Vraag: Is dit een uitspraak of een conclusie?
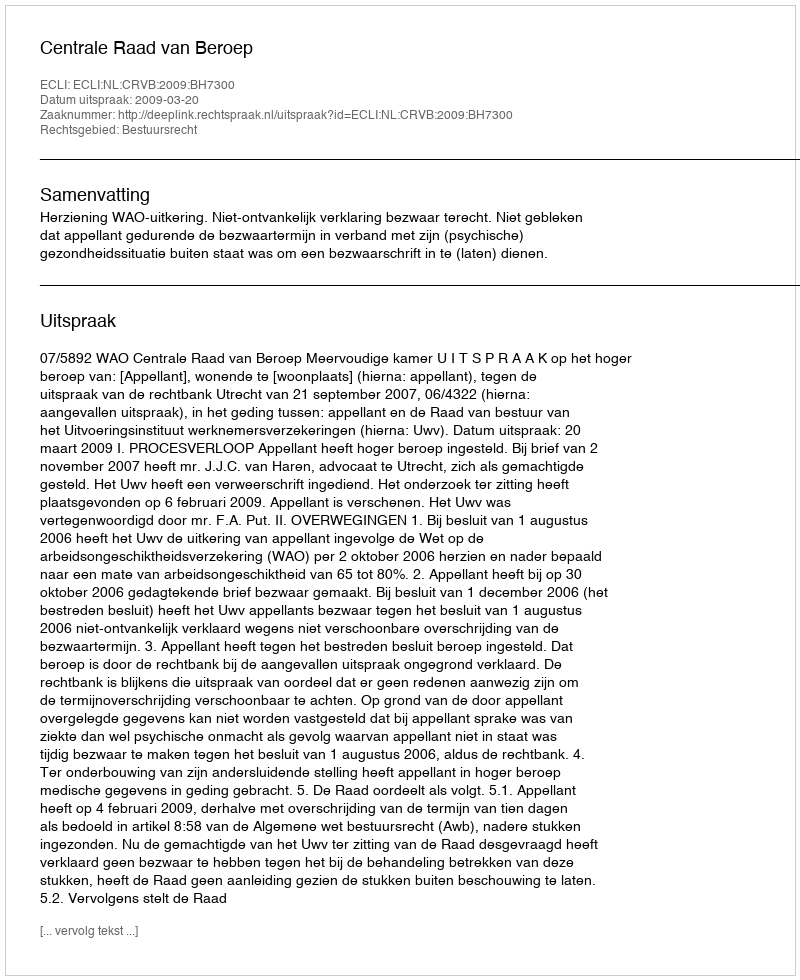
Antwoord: Uitspraak